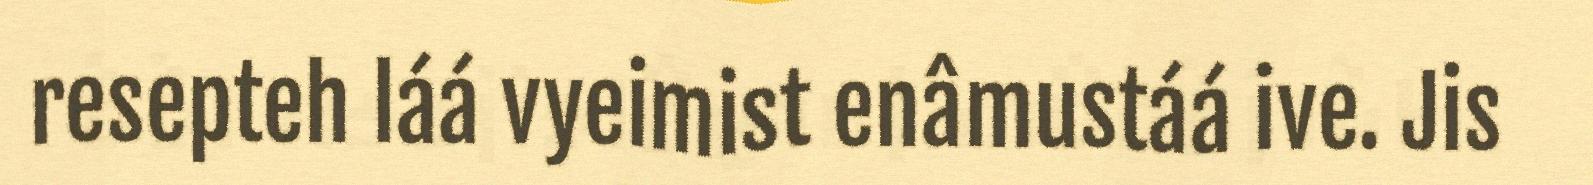
resepteh láá vyeimist enâmustáá ive. Jis